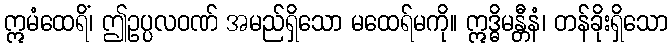
ဣမံထေရိံ၊ ဤဥပ္ပလဝဏ် အမည်ရှိသော မထေရ်မကို။ ဣဒ္ဓိမန္တီနံ၊ တန်ခိုးရှိသော